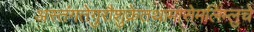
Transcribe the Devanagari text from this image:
अस्तंगतेगुरौशुक्रेतथामासेमलिम्लुचे